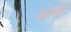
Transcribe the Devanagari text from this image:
अज़्ने